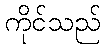
ကိုင်သည်